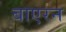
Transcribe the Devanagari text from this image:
बाएरन